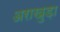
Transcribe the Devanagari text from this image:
अराखुड़ा